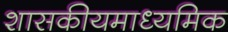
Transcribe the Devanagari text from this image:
शासकीयमाध्यमिक